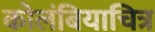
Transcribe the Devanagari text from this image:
कोलंबियाचित्र